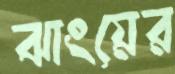
ঝাংয়ের